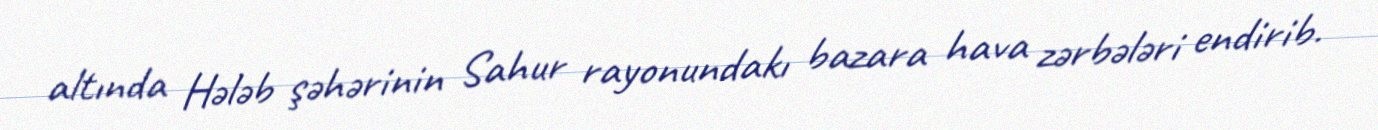
altında Hələb şəhərinin Sahur rayonundakı bazara hava zərbələri endirib.